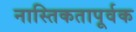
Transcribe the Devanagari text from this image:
नास्तिकतापूर्वक